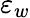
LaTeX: \varepsilon_{w}